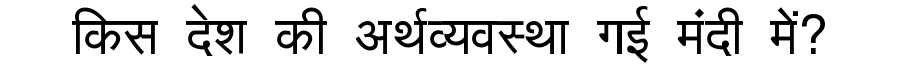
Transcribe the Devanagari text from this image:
किस देश की अर्थव्यवस्था गई मंदी में?